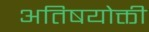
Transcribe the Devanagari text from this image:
अतिषयोक्ती